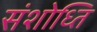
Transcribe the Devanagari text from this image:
संशोध्ति